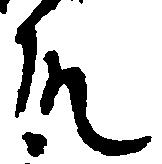
殿